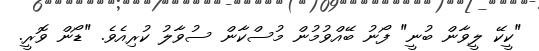
"ކީކޭ ލީވާން ބުނީ" ފޯނު ބޭއްވުމުން މުސްކާން ސުވާލު ކުރިއެވެ. "ޑޯން ވޮރީ.